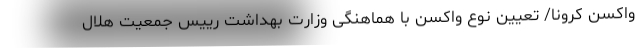
واکسن کرونا/ تعیین نوع واکسن با هماهنگی وزارت بهداشت رییس جمعیت هلال